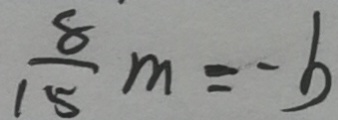
\frac { 8 } { 1 5 } m = - b